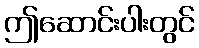
ဤဆောင်းပါးတွင်